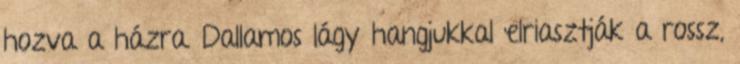
hozva a házra. Dallamos lágy hangjukkal elriasztják a rossz,